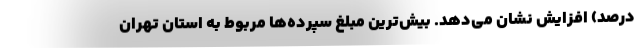
درصد) افزایش نشان می‌دهد. بیش‌ترین مبلغ سپرده‌ها مربوط به استان تهران